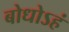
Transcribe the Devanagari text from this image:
बोधोऽहं